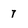
Character: 7